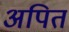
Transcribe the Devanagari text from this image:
अपित